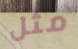
مثل